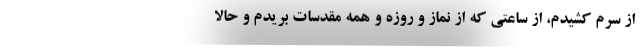
از سرم کشیدم، از ساعتی که از نماز و روزه و همه مقدسات بریدم و حالا